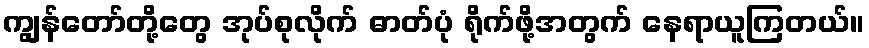
ကျွန်တော်တို့တွေ အုပ်စုလိုက် ဓာတ်ပုံ ရိုက်ဖို့အတွက် နေရာယူကြတယ်။